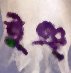
ইঞ্